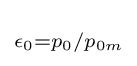
\scriptstyle \epsilon _{0}=p_{0}/p_{0m}